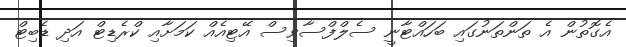
އެގޮތުން އެ ތަންތަނުގައި ބަހައްޓާނީ ސެލްފްސާވިސް އޭޓިއެއް ކަމަށާއި ކްރެޑިޓް އަދި ޑެބިޓް